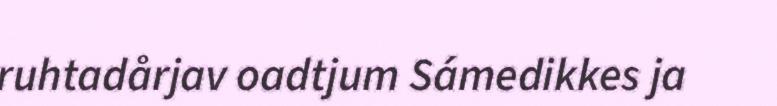
ruhtadårjav oadtjum Sámedikkes ja